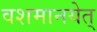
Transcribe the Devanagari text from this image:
वशमानयेत्